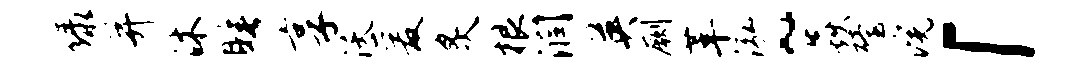
绿并沐睡享沃爰炙根润英劂革泓~焱殪浣「